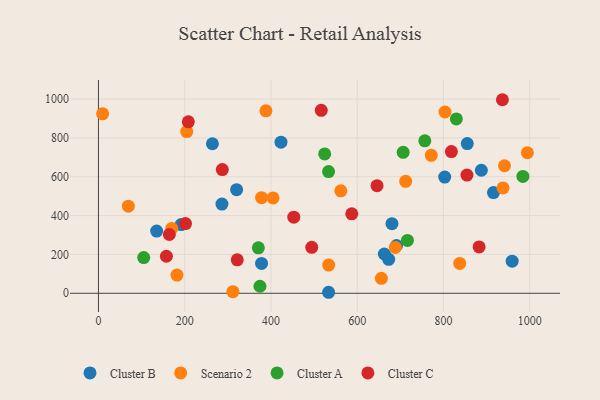
{"axis": {"x": "Engine Size", "y": "Salary"}, "legend": ["Cluster A", "Cluster B", "Cluster C", "Scenario 2"], "data": [{"x": "286.4", "y": 459.4, "type": "Cluster B"}, {"x": "855.2", "y": 770.5, "type": "Cluster B"}, {"x": "673.0", "y": 175.0, "type": "Cluster B"}, {"x": "135.0", "y": 320.3, "type": "Cluster B"}, {"x": "423.3", "y": 777.7, "type": "Cluster B"}, {"x": "378.2", "y": 153.9, "type": "Cluster B"}, {"x": "533.7", "y": 5.1, "type": "Cluster B"}, {"x": "802.9", "y": 598.4, "type": "Cluster B"}, {"x": "887.9", "y": 633.4, "type": "Cluster B"}, {"x": "264.3", "y": 769.7, "type": "Cluster B"}, {"x": "916.0", "y": 518.2, "type": "Cluster B"}, {"x": "691.2", "y": 246.0, "type": "Cluster B"}, {"x": "680.6", "y": 358.1, "type": "Cluster B"}, {"x": "662.9", "y": 202.1, "type": "Cluster B"}, {"x": "191.8", "y": 353.6, "type": "Cluster B"}, {"x": "959.3", "y": 165.0, "type": "Cluster B"}, {"x": "320.4", "y": 533.5, "type": "Cluster B"}, {"x": "311.8", "y": 8.4, "type": "Scenario 2"}, {"x": "688.4", "y": 236.0, "type": "Scenario 2"}, {"x": "533.9", "y": 145.4, "type": "Scenario 2"}, {"x": "170.0", "y": 334.1, "type": "Scenario 2"}, {"x": "404.9", "y": 491.0, "type": "Scenario 2"}, {"x": "803.6", "y": 933.3, "type": "Scenario 2"}, {"x": "204.8", "y": 832.7, "type": "Scenario 2"}, {"x": "69.3", "y": 448.4, "type": "Scenario 2"}, {"x": "941.6", "y": 656.6, "type": "Scenario 2"}, {"x": "656.1", "y": 76.8, "type": "Scenario 2"}, {"x": "562.1", "y": 527.2, "type": "Scenario 2"}, {"x": "712.4", "y": 576.5, "type": "Scenario 2"}, {"x": "9.7", "y": 924.0, "type": "Scenario 2"}, {"x": "182.1", "y": 93.9, "type": "Scenario 2"}, {"x": "938.1", "y": 542.6, "type": "Scenario 2"}, {"x": "388.4", "y": 939.1, "type": "Scenario 2"}, {"x": "837.7", "y": 153.5, "type": "Scenario 2"}, {"x": "994.6", "y": 723.6, "type": "Scenario 2"}, {"x": "771.8", "y": 710.2, "type": "Scenario 2"}, {"x": "378.2", "y": 492.0, "type": "Scenario 2"}, {"x": "374.5", "y": 36.1, "type": "Cluster A"}, {"x": "370.8", "y": 233.9, "type": "Cluster A"}, {"x": "524.6", "y": 717.6, "type": "Cluster A"}, {"x": "716.5", "y": 272.2, "type": "Cluster A"}, {"x": "984.2", "y": 601.6, "type": "Cluster A"}, {"x": "829.9", "y": 897.6, "type": "Cluster A"}, {"x": "105.0", "y": 183.9, "type": "Cluster A"}, {"x": "706.6", "y": 725.9, "type": "Cluster A"}, {"x": "756.8", "y": 785.1, "type": "Cluster A"}, {"x": "533.6", "y": 626.4, "type": "Cluster A"}, {"x": "321.9", "y": 172.1, "type": "Cluster C"}, {"x": "157.6", "y": 190.6, "type": "Cluster C"}, {"x": "936.7", "y": 996.5, "type": "Cluster C"}, {"x": "818.4", "y": 729.6, "type": "Cluster C"}, {"x": "494.6", "y": 236.6, "type": "Cluster C"}, {"x": "587.4", "y": 408.8, "type": "Cluster C"}, {"x": "164.4", "y": 302.6, "type": "Cluster C"}, {"x": "646.0", "y": 553.8, "type": "Cluster C"}, {"x": "854.5", "y": 608.3, "type": "Cluster C"}, {"x": "882.7", "y": 238.6, "type": "Cluster C"}, {"x": "453.0", "y": 392.0, "type": "Cluster C"}, {"x": "208.4", "y": 882.5, "type": "Cluster C"}, {"x": "201.9", "y": 358.8, "type": "Cluster C"}, {"x": "287.2", "y": 636.6, "type": "Cluster C"}, {"x": "516.7", "y": 942.0, "type": "Cluster C"}]}